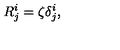
R _ { j } ^ { i } = \zeta \delta _ { j } ^ { i } ,